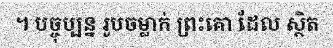
។ បច្ចុប្បន្ន រូបចម្លាក់ ព្រះគោ ដែល ស្ថិត